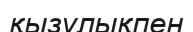
қызулықпен